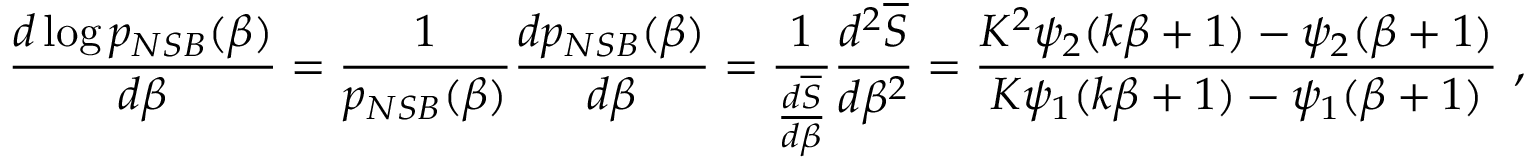
\frac { d \log p _ { N S B } ( \beta ) } { d \beta } = \frac { 1 } { p _ { N S B } ( \beta ) } \frac { d p _ { N S B } ( \beta ) } { d \beta } = \frac { 1 } { \frac { d \overline { { S } } } { d \beta } } \frac { d ^ { 2 } \overline { { S } } } { d \beta ^ { 2 } } = \frac { K ^ { 2 } \psi _ { 2 } ( k \beta + 1 ) - \psi _ { 2 } ( \beta + 1 ) } { K \psi _ { 1 } ( k \beta + 1 ) - \psi _ { 1 } ( \beta + 1 ) } ~ ,